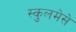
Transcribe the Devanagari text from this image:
स्कुलमेसे